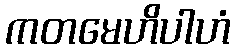
ကတမေဟိပါဟံ